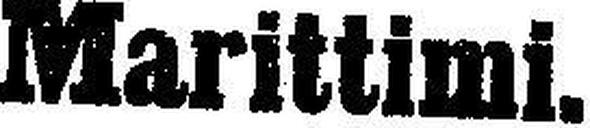
Marittimi.